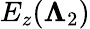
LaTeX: E_{z}(\boldsymbol{\Lambda}_{2})